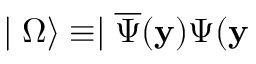
\mid \Omega \rangle \equiv \mid \overline { { { \Psi } } } ( \mathbf { y } ) \Psi ( \mathbf { y }